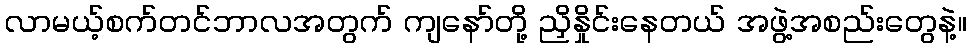
လာမယ့်စက်တင်ဘာလအတွက် ကျနော်တို့ ညှိနှိုင်းနေတယ် အဖွဲ့အစည်းတွေနဲ့။